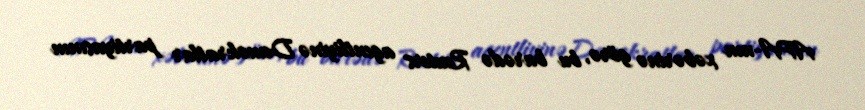
APA-nın xəbərinə görə, bu barədə Reuters agentliyinə Demokratlar partiyasının